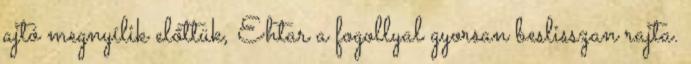
ajtó megnyílik előttük, Ehtar a fogollyal gyorsan beslisszan rajta.